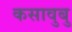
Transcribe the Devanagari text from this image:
कसावुबु